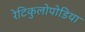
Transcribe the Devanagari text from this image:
रेटिकुलोपोडिया